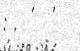
: .  '   '